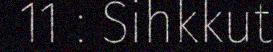
11 : Sihkkut